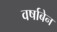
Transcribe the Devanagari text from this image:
वर्षाबेन